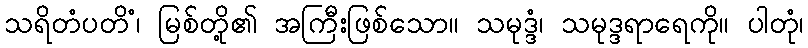
သရိတံပတိံ၊ မြစ်တို့၏ အကြီးဖြစ်သော။ သမုဒ္ဒံ၊ သမုဒ္ဒရာရေကို။ ပါတုံ၊